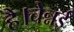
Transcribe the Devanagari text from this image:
है।चेन्नई